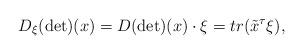
LaTeX: \begin{align*}D_\xi (\det) (x) = D(\det)(x)\cdot \xi=tr(\tilde{ x}^\tau \xi),\end{align*}